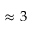
\approx 3